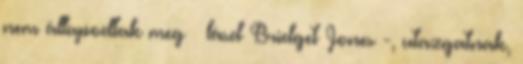
nem állapodtak meg – lásd Bridget Jones -, utazgatnak,